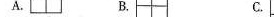
A. B. C.